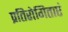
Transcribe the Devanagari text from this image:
प्रतिरोगिताएं